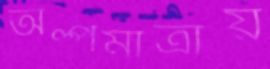
অল্পমাত্রায়